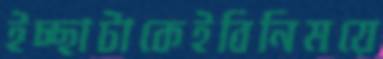
ইচ্ছাটাকেইবিনিময়ে